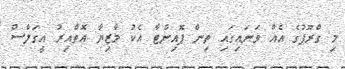
މި ގްރޫޕުގެ އެއް ވަނައިގައި ތިން ޕޮއިންޓާ އެކު މާޒިޔާ އޮތްއިރު އީގަލްސް